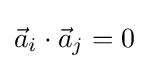
{\vec {a}}_{i}\cdot {\vec {a}}_{j}=0